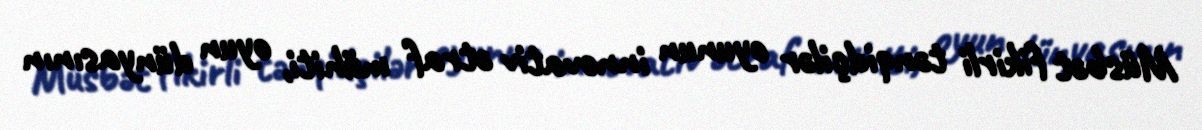
Müsbət fikirli tənqidçilər oyunun innovativ ətraf mühiti, oyun dünyasının